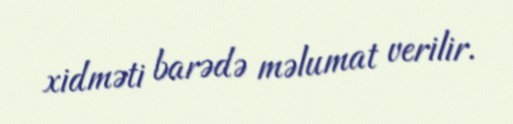
xidməti barədə məlumat verilir.